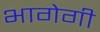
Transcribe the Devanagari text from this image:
भागेगी